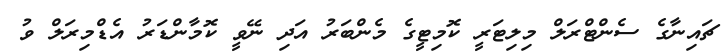
ޗައިނާގެ ސެންޓްރަލް މިލިޓަރީ ކޮމިޓީގެ މެންބަރު އަދި ނޭވީ ކޮމާންޑަރު އެޑްމިރަލް ވު